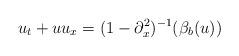
LaTeX: \begin{align*}u_t+u u_x=(1-\partial_x^2)^{-1}(\beta_b(u))\end{align*}